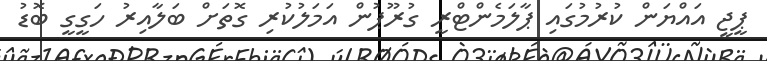
ޕީޖީ އައްޔަން ކުރުމުގައި ޕާލަމެންޓްރީ ގުރޫޕުން އަމަލުކުރި ގޮތަށް ބަލާއިރު ހަގީގީ ބޮޑު